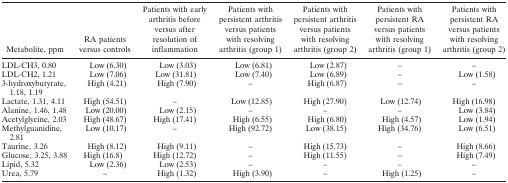
<table><thead><tr><td><b>Metabolite, ppm</b></td><td><b>RA patients versus controls</b></td><td><b>Patients with early arthritis before versus after resolution of inflammation</b></td><td><b>Patients with persistent arthritis versus patients with resolving arthritis (group 1)</b></td><td><b>Patients with persistent arthritis versus patients with resolving arthritis (group 2)</b></td><td><b>Patients with persistent RA versus patients with resolving arthritis (group 1)</b></td><td><b>Patients with persistent RA versus patients with resolving arthritis (group 2)</b></td></tr></thead><tbody><tr><td>LDL-CH3, 0.80</td><td>Low (6.30)</td><td>Low (3.03)</td><td>Low (6.81)</td><td>Low (2.87)</td><td>–</td><td>–</td></tr><tr><td>LDL-CH2, 1.21</td><td>Low (7.06)</td><td>Low (31.81)</td><td>Low (7.40)</td><td>Low (6.89)</td><td>–</td><td>Low (1.58)</td></tr><tr><td>3-hydroxybutyrate, 1.18, 1.19</td><td>High (4.21)</td><td>High (7.90)</td><td>–</td><td>High (6.87)</td><td>–</td><td>–</td></tr><tr><td>Lactate, 1.31, 4.11</td><td>High (54.51)</td><td>–</td><td>Low (12.85)</td><td>High (27.90)</td><td>Low (12.74)</td><td>High (16.98)</td></tr><tr><td>Alanine, 1.46, 1.48</td><td>Low (20.00)</td><td>Low (2.15)</td><td>–</td><td>–</td><td>–</td><td>Low (3.84)</td></tr><tr><td>Acetylglycine, 2.03</td><td>High (48.67)</td><td>High (17.41)</td><td>High (6.55)</td><td>High (6.80)</td><td>High (4.57)</td><td>Low (1.94)</td></tr><tr><td>Methylguanidine, 2.81</td><td>Low (10.17)</td><td>–</td><td>High (92.72)</td><td>Low (38.15)</td><td>High (34.76)</td><td>Low (6.51)</td></tr><tr><td>Taurine, 3.26</td><td>High (8.12)</td><td>High (9.11)</td><td>–</td><td>High (15.73)</td><td>–</td><td>High (8.66)</td></tr><tr><td>Glucose, 3.25, 3.88</td><td>High (16.8)</td><td>High (12.72)</td><td>–</td><td>High (11.55)</td><td>–</td><td>High (7.49)</td></tr><tr><td>Lipid, 5.32</td><td>Low (2.36)</td><td>Low (2.53)</td><td>–</td><td>–</td><td>–</td><td>–</td></tr><tr><td>Urea, 5.79</td><td>–</td><td>High (1.32)</td><td>High (3.90)</td><td>–</td><td>High (1.25)</td><td>–</td></tr></tbody></table>